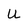
Character: U